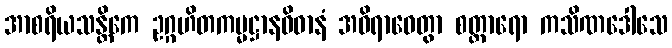
အာစရိယသန္တိကေ ဥဂ္ဂဟိတကမ္မဋ္ဌာနဝိဓာနံ အဝိရာဓေတွာ စတ္တာရော ကသိဏဒေါသေ